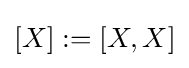
[X]:=[X,X]